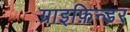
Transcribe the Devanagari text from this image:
ग्राइफ़िन्डर